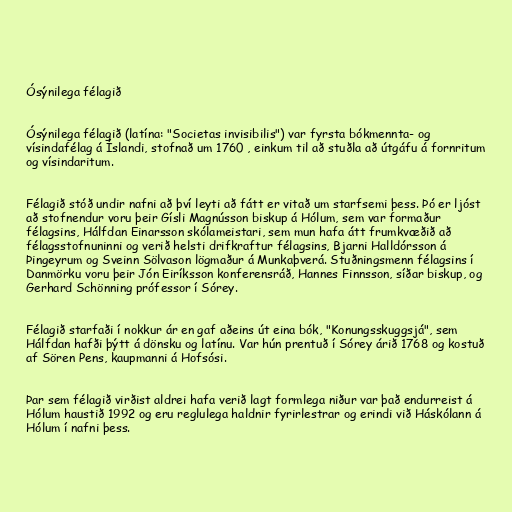
Ósýnilega félagið

Ósýnilega félagið (latína: "Societas invisibilis") var fyrsta bókmennta- og
vísindafélag á Íslandi, stofnað um 1760 , einkum til að stuðla að útgáfu á fornritum
og vísindaritum.

Félagið stóð undir nafni að því leyti að fátt er vitað um starfsemi þess. Þó er ljóst
að stofnendur voru þeir Gísli Magnússon biskup á Hólum, sem var formaður
félagsins, Hálfdan Einarsson skólameistari, sem mun hafa átt frumkvæðið að
félagsstofnuninni og verið helsti drifkraftur félagsins, Bjarni Halldórsson á
Þingeyrum og Sveinn Sölvason lögmaður á Munkaþverá. Stuðningsmenn félagsins í
Danmörku voru þeir Jón Eiríksson konferensráð, Hannes Finnsson, síðar biskup, og
Gerhard Schönning prófessor í Sórey.

Félagið starfaði í nokkur ár en gaf aðeins út eina bók, "Konungsskuggsjá", sem
Hálfdan hafði þýtt á dönsku og latínu. Var hún prentuð í Sórey árið 1768 og kostuð
af Sören Pens, kaupmanni á Hofsósi.

Þar sem félagið virðist aldrei hafa verið lagt formlega niður var það endurreist á
Hólum haustið 1992 og eru reglulega haldnir fyrirlestrar og erindi við Háskólann á
Hólum í nafni þess.